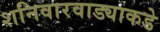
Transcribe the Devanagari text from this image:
शनिवारवाड्याकडे